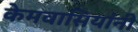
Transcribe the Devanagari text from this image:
केमवासियांनी